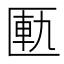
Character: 匭